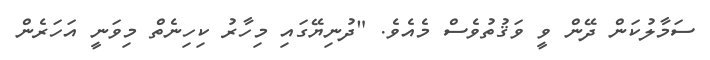
ސަމާލުކަން ދޭން ވީ ވަޤުތުވެސް މެއެވެ. "ދުނިޔޭގައި މިހާރު ކިހިނެތް މިވަނީ އަހަރެން